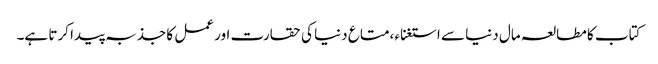
کتاب کا مطالعہ مال دنیا سے استغناء ،متاع دنیا کی حقارت اور عمل کا جذبہ پیدا کرتا ہے۔